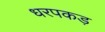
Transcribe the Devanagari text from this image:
धरपकड़